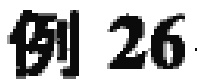
例 26